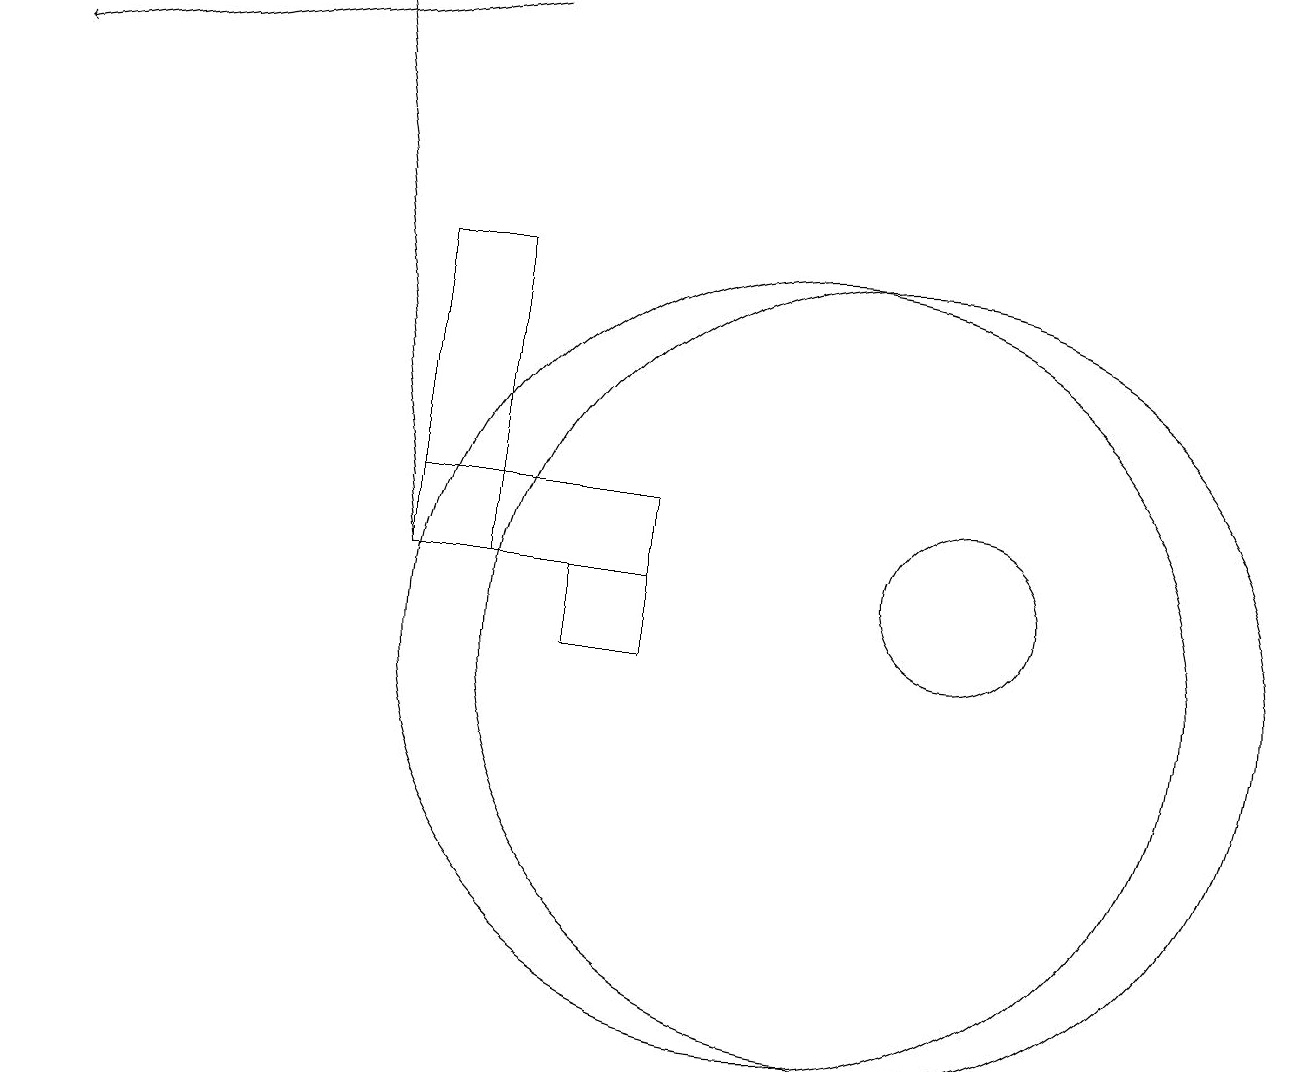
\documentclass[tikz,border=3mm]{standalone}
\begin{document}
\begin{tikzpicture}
\draw (12,12) circle (1);
\draw (7,12) rectangle (8,11);
\draw (5,12) rectangle (8,13);
\draw[->] (6,19) -- (0,18);
\draw[->] (5,12) -- (4,19);
\draw (10,11) circle (5);
\draw (11,11) circle (5);
\draw (6,16) rectangle (5,12);
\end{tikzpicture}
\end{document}